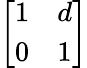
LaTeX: \left[\begin{array}{ll}{1}&{d}\\ {0}&{1}\end{array}\right]